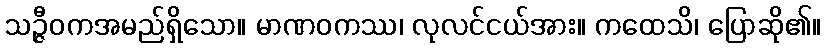
သဉ္ဇီဝကအမည်ရှိသော။ မာဏဝကဿ၊ လုလင်ငယ်အား။ ကထေသိ၊ ပြောဆို၏။